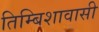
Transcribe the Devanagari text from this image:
तिम्बिशावासी